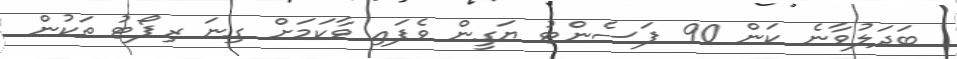
ބަދަލުވާނެ ކަން 90 ޕަސެންޓު ޔަގީން ވެފައި ވާކަމަށް ގިނަ ރިޕޯޓު ތަކުން